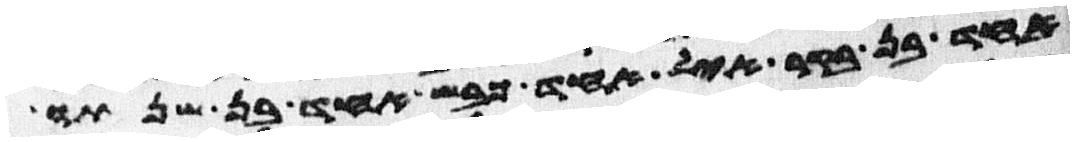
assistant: אחד בן בקר איל אחד כבש אחד בן שנתו